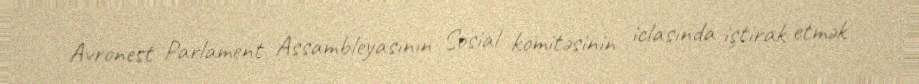
Avronest Parlament Assambleyasının Sosial komitəsinin iclasında iştirak etmək